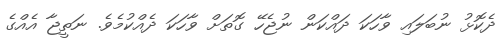
ދެކޮޅު ނުބަލައި ވާހަކަ ދައްކަން ނުޖެހޭ ގޮތަށް ވާހަކަ ދެއްކުމެވެ. ނަތީޖާ އެއްގެ